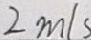
2 m / s